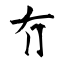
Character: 冇